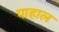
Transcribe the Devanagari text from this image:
पाहाल